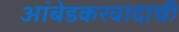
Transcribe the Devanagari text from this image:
आंबेडकरवादाची